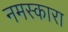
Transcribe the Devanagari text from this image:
नमस्कारा